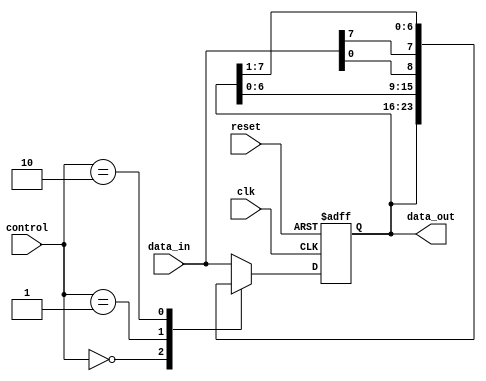
module Universal_Shift_Register(clk,reset,control,data_in,data_out);
    input clk,reset;
    input [1:0] control;
    input [7:0] data_in;
    output [7:0] data_out;
    
    reg[7:0] r_reg;  //r_reg => current state, 
    reg[7:0] r_next; //r_next => next state
    
    always@(posedge clk, posedge reset)
    begin
        if(reset)
            r_reg <= 0;
        else
            r_reg <= r_next;
    end
    
    //next state logic
    always@(*)
        case(control)
            2'b00 : r_next = r_reg; //no operation
            2'b01 : r_next = {r_reg[6:0],data_in[0]};  // shift left
            2'b10 : r_next = {data_in[7], r_reg[7:1]};  // right shift
            default : r_next = data_in;  // load operation
        endcase
    
    // output logic
    assign data_out = r_reg;
    
endmodule